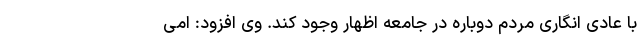
با عادی انگاری مردم دوباره در جامعه اظهار وجود کند. وی افزود: امی